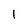
Character: l